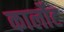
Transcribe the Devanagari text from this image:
कार्लोट